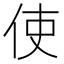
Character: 使